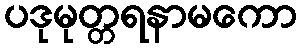
ပဒုမုတ္တရနာမကော